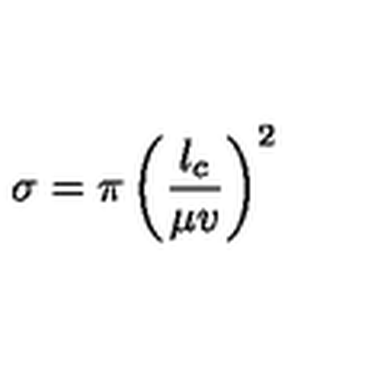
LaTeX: \sigma = \pi \left( \frac { l _ { c } } { \mu v } \right) ^ { 2 }